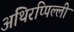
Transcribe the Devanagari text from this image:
अथिरप्पिल्ली